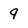
Character: q